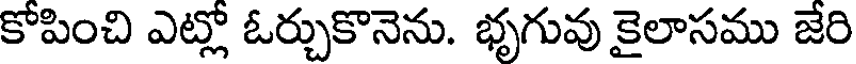
కోపించి ఎట్లో ఓర్చుకొనెను. భృగువు కైలాసము జేరి